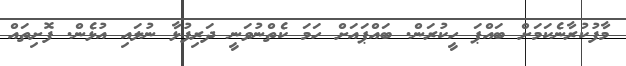
މާފުކުރާނެކަމަށް ބައްޕަ ހީކުރަން. ބައްޕައަށް ހަމަ ކެތްނުވަނީ ދަރިފުޅާ ނުލައި އުޅެން. ފޮށިތައް